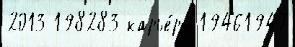
2013 198283 карье́ра 19461947